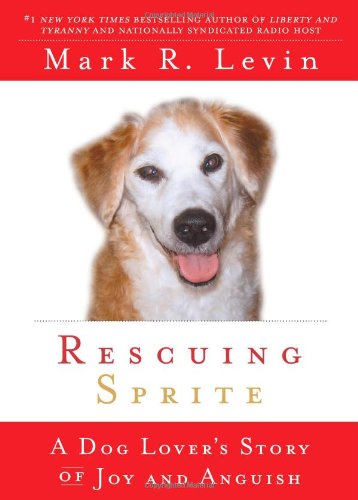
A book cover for Rescuing Sprite: A Dog Lover's Story of Joy and Anguish; Mark R. Levin; Crafts, Hobbies & Home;